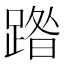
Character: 𮛼